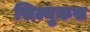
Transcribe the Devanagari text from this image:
सिल्युकस